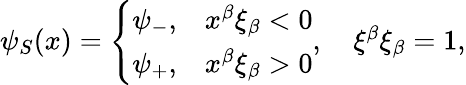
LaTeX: \begin{array}{r}{\psi_{S}(x)=\left\{ \begin{array}{ll}{\psi_{-},}&{x^{\beta}\xi_{\beta}<0}\\ {\psi_{+},}&{x^{\beta}\xi_{\beta}>0}\end{array}\right.,\quad\xi^{\beta}\xi_{\beta}=1,}\end{array}